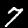
Label: 7